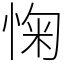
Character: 㥌